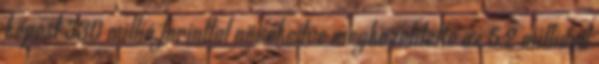
képest 330 millió forinttal növekedve megközelítette az 5,2 milliárd